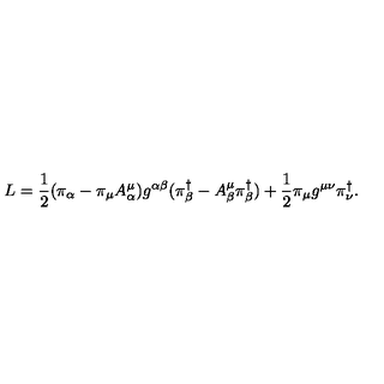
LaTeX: L = \frac { 1 } { 2 } ( \pi _ { \alpha } - \pi _ { \mu } A _ { \alpha } ^ { \mu } ) g ^ { \alpha \beta } ( \pi _ { \beta } ^ { \dag } - A _ { \beta } ^ { \mu } \pi _ { \beta } ^ { \dag } ) + \frac { 1 } { 2 } \pi _ { \mu } g ^ { \mu \nu } \pi _ { \nu } ^ { \dag } .